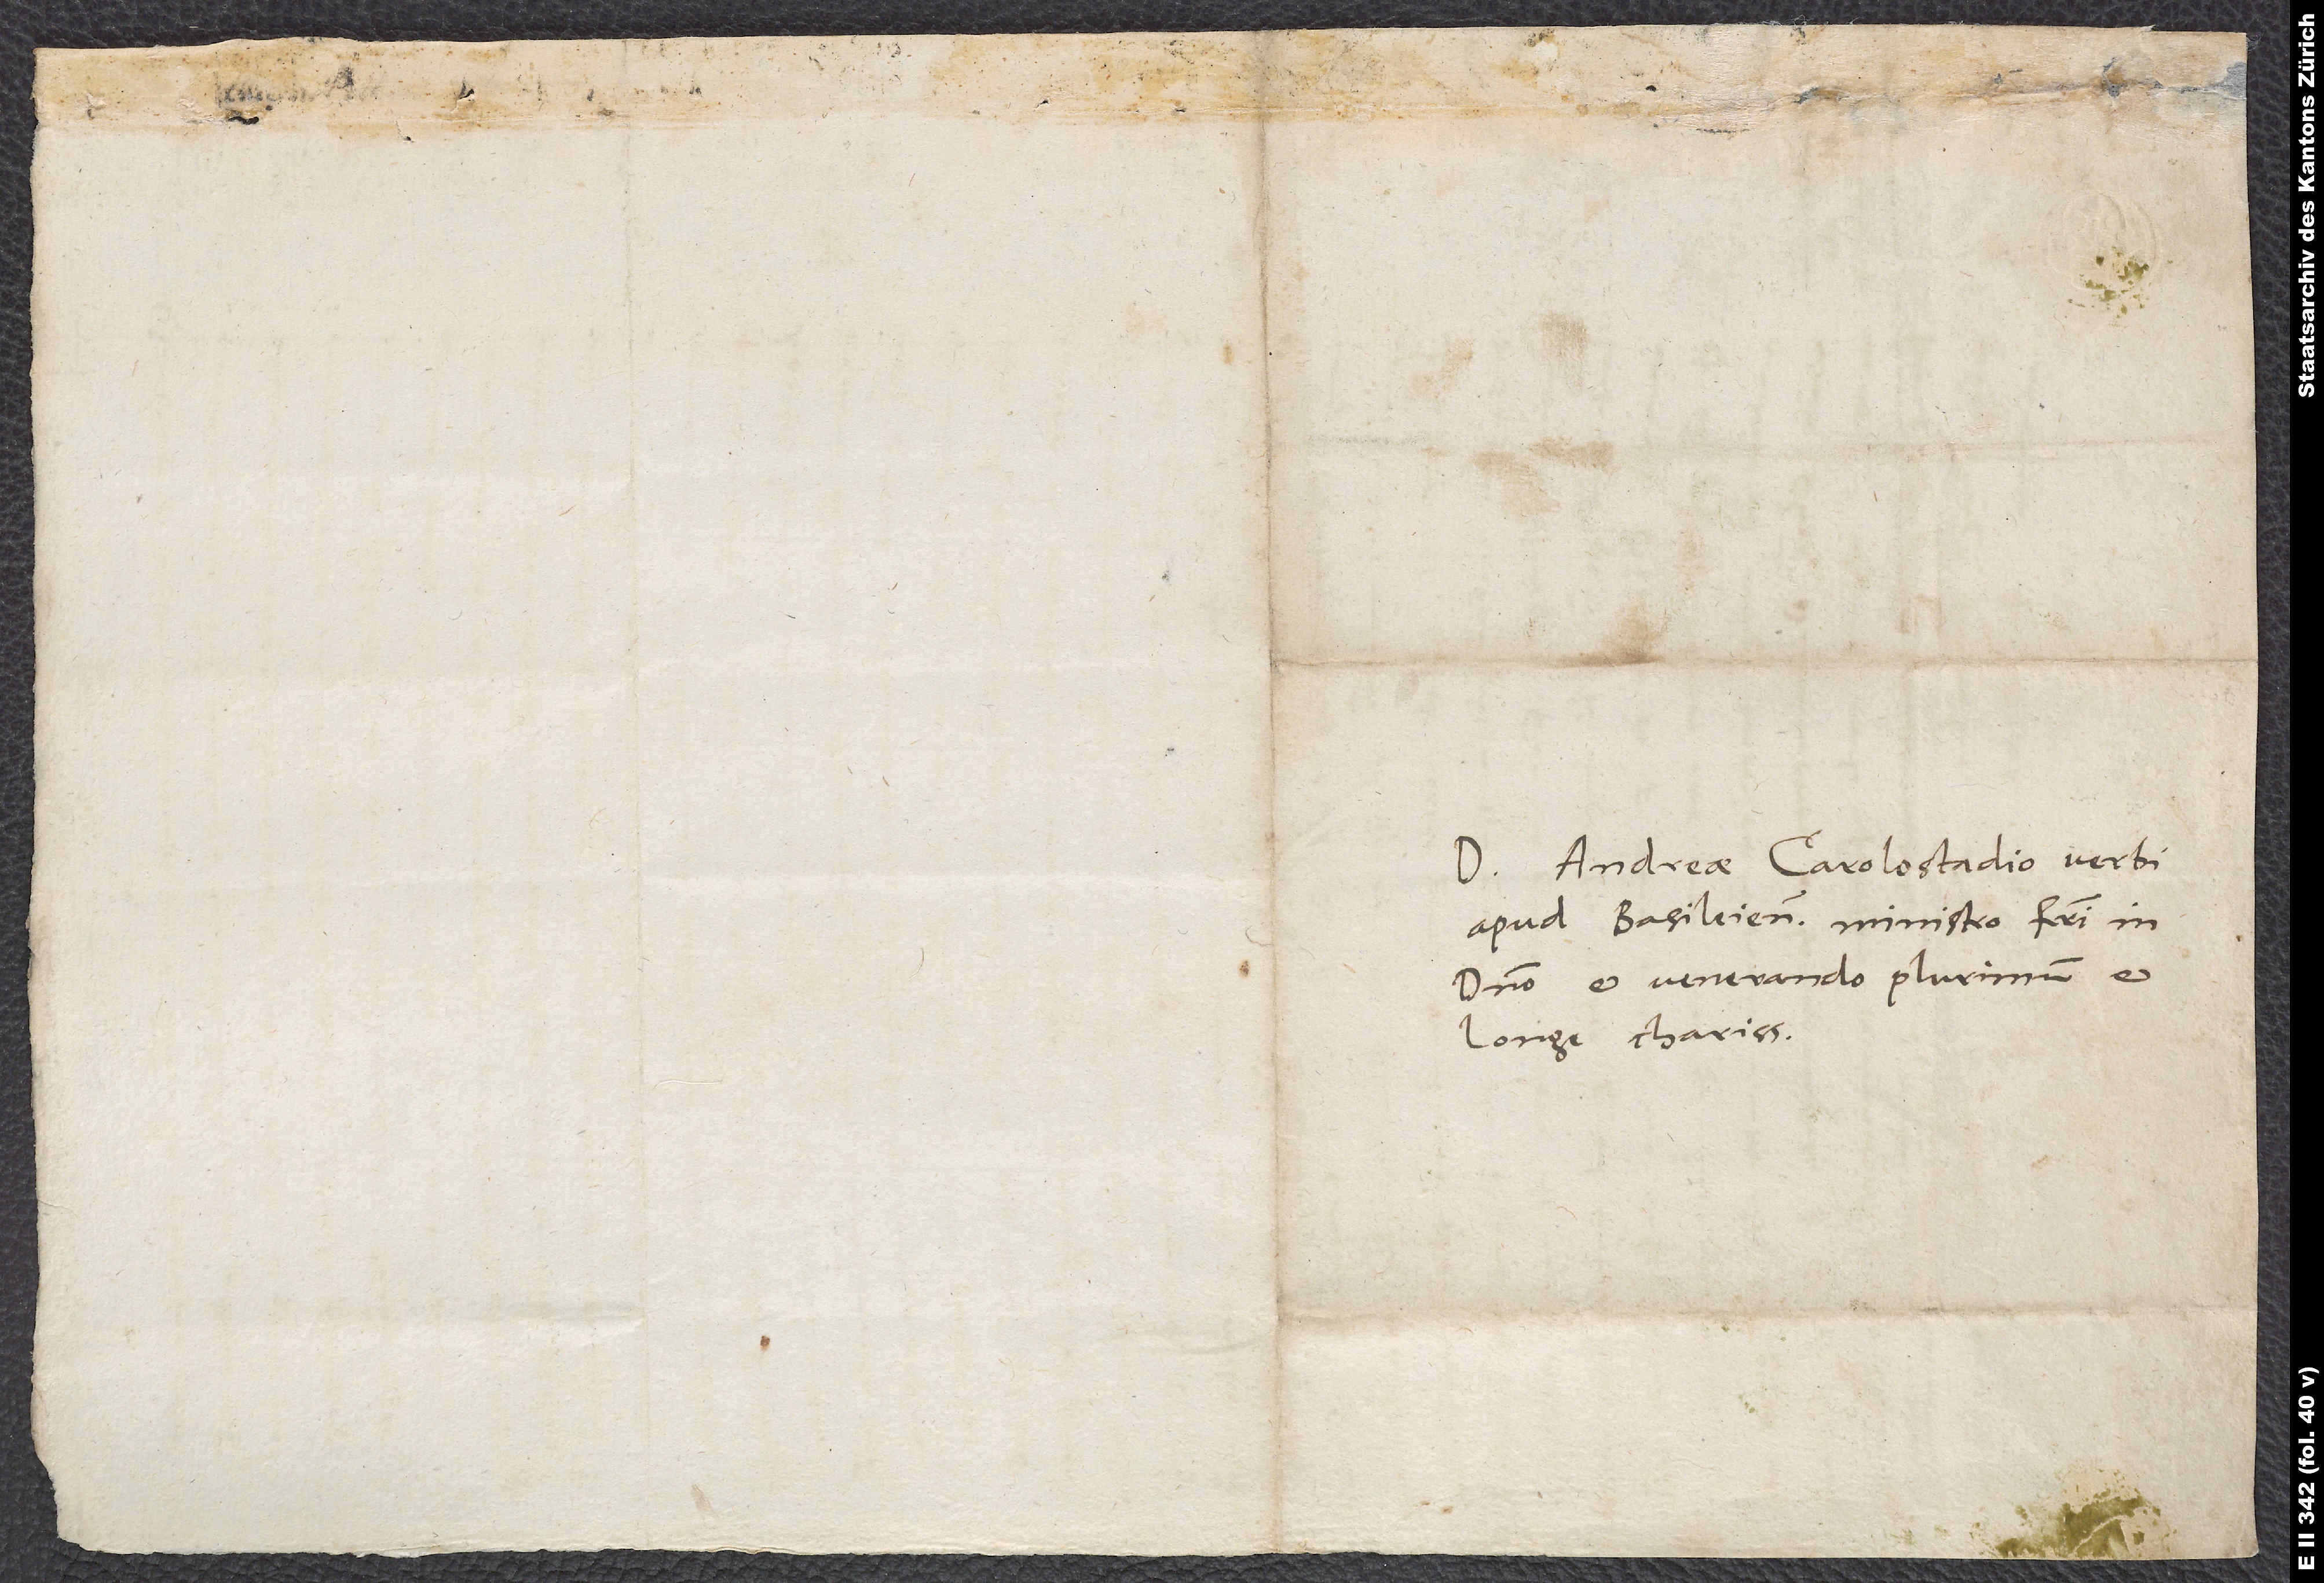
Doctori Andreae Carolostadio, verbi
apud Basileienses ministro, fratri in
domino et venerando plurimum et
longe charissimo.